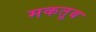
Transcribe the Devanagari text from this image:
मकतूब